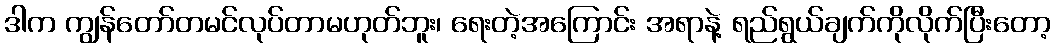
ဒါက ကျွန်တော်တမင်လုပ်တာမဟုတ်ဘူး၊ ရေးတဲ့အကြောင်း အရာနဲ့ ရည်ရွယ်ချက်ကိုလိုက်ပြီးတော့